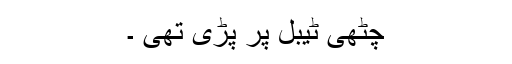
چٹھی ٹیبل پر پڑی تھی ۔